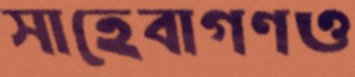
সাহেবাগণও